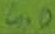
Text: 4.0